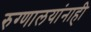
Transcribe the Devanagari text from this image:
रुग्णालयांनाही